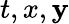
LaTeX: t,x,\mathbf{y}